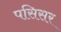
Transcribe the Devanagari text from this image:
पसिसर